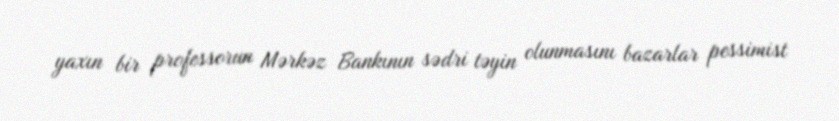
yaxın bir professorun Mərkəz Bankının sədri təyin olunmasını bazarlar pessimist